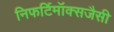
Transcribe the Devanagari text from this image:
निफर्टिमॉक्सजैसी